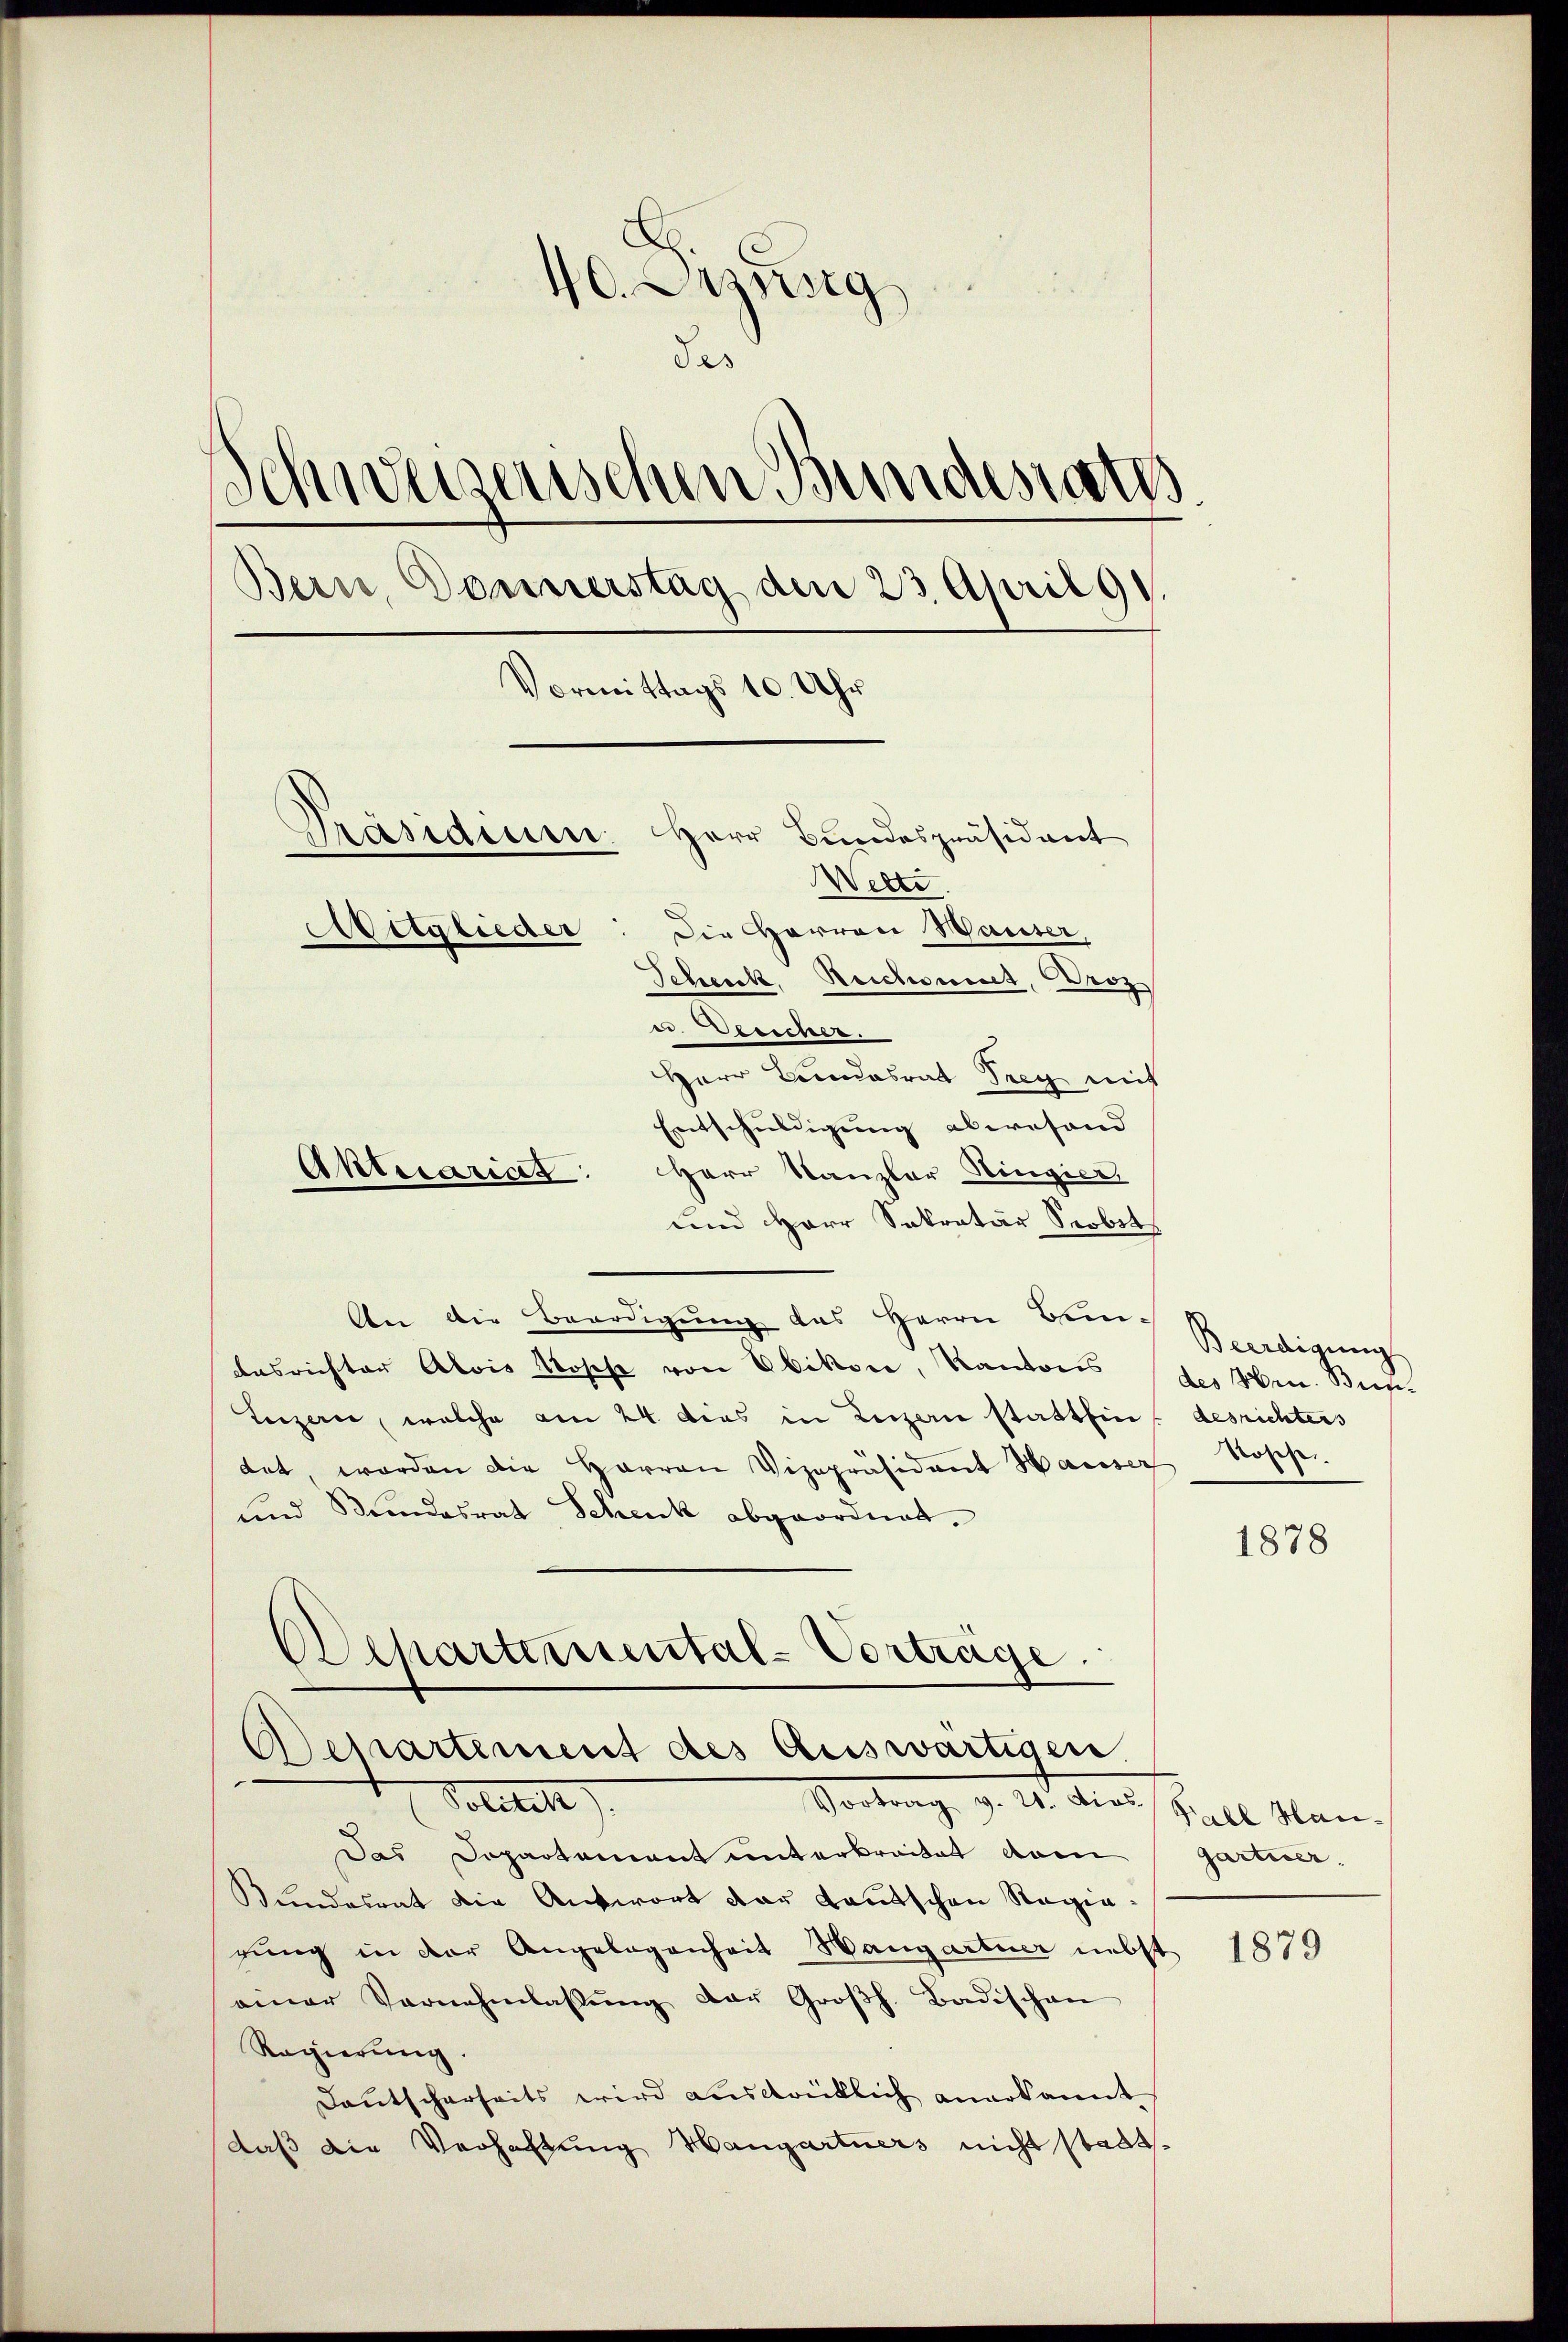
4. Dezusig
das
gerischen Bundesrath
Bern Donnerstag den 23. April 91.
Vormittags 10. Uhr
Herr Bundespräsident
prasaire.
Welti.
Mitglieder
Die Herren Hauser,
Scheick, Reichweret, Herz
u. Gesicher.

Herr Bundesrat Drey mit
Entschuldigung abwesend
Herr Kanzler Ringier
und Herr Sekretär Scobet
An die Beerdigung des Herrn Bei-
dasriester Alois Rosche von Ebikon, Kantons des Hrn. Bun-
Luzern, welche am 24. dies in Luzern stattfindesrichters
tet, worden die Harren Vizepräsidant Hauser Rosche
und Stundesrat Schenk abgeordnet.
s
Erspartemental-Vorträge.
Departement des Auswärtigen
Solitik
Vortrage v. M. das Hall Man
Das Departement unterbreitet vom Gartier-
Bundesrat die Antwort der Kautschen Regiegung in der Angelegenheit Hangartner nebst 1879
einer Vernehmlassŭng der Großh. Badischen
Regierung
Deutscherheits wird ausdrüklich anerkannt
daß die Verhaltung Hangartners nicht stadt¬

Aktuarias

Beerdigung

1878